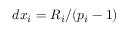
d x _ { i } = R _ { i } / ( p _ { i } - 1 )